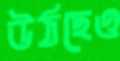
উঠছেও